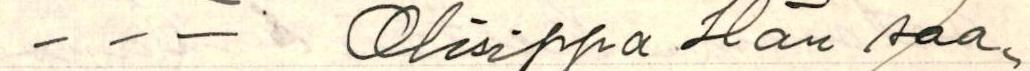
− − − Olisippa Hän saa-